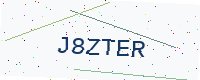
Text: J8ZTER